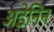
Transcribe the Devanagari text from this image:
अडेनिन